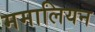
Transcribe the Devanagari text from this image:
ममालियन